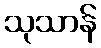
သုသာန်